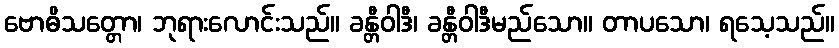
ဗောဓိသတ္တော၊ ဘုရားလောင်းသည်။ ခန္တီဝါဒီ၊ ခန္တီဝါဒီမည်သော။ တာပသော၊ ရသေ့သည်။